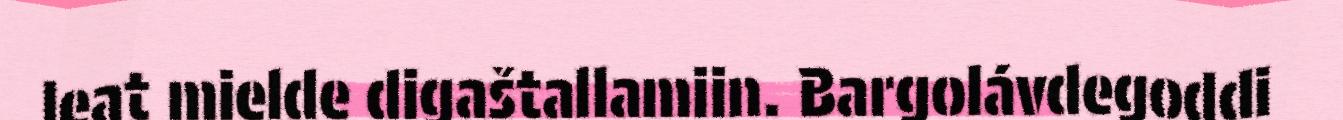
leat mielde digaštallamiin. Bargolávdegoddi